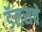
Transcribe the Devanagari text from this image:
डॅलसचे